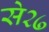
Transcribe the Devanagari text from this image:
से२७